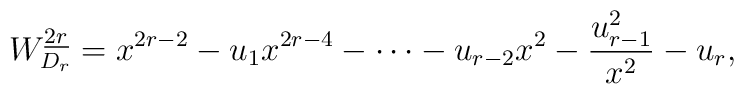
W_{D_r}^{\underline{2r}}=x^{2r-2}-u_1x^{2r-4}- \cdots -u_{r-2}x^2-{u_{r-1}^2 \over x^2}-u_{r},